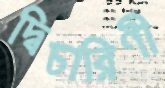
দ্বিচারিণী